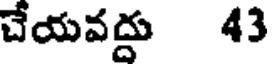
చేయవద్దు 43